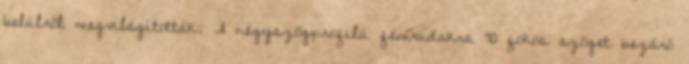
belülről megvilágították. A négyszögprofilú fémrudakra 90 fokos szöget bezáró